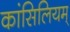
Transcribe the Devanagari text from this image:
कांसिलियम्